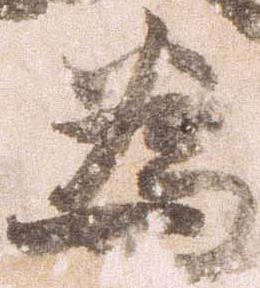
為